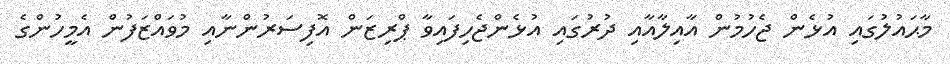
މާޙައުލުގައި އުޅެން ޖެހުމުން އާއިލާއާއި ދުރުގައި އުޅެންޖެހިފައިވާ ޕްރިޒަން އޮފިސަރުންނާއި މުވައްޒަފުން އެމީހުންގެ